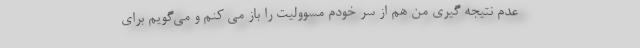
عدم نتیجه گیری من هم از سر خودم مسوولیت را باز می کنم و می‌گویم برای